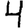
Digit: 4